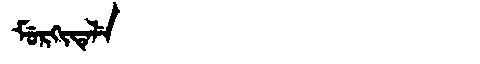
Manchu: ᠮᡠᡵᡴᡳᡨᡝᠯᡝ
Romanization: MURKITELE